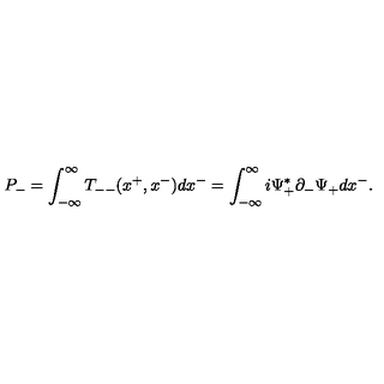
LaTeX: P _ { - } = \int _ { - { \infty } } ^ { \infty } T _ { -- } ( x ^ { + } , x ^ { - } ) d x ^ { - } = \int _ { - { \infty } } ^ { \infty } i { \Psi } _ { + } ^ { \ast } { \partial } _ { - } { \Psi } _ { + } d x ^ { - } .